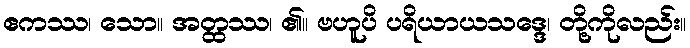
ဧကဿ၊ သော။ အတ္ထဿ၊ ၏။ ဗဟူပိ ပရိယာယသဒ္ဒေ၊ တို့ကိုလည်း။